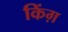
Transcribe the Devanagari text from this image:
किंग़